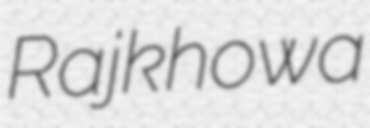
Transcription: Rajkhowa